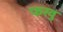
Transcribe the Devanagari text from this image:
फरवु